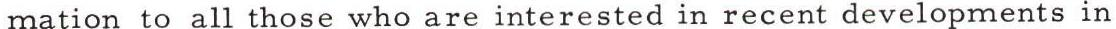
mation to all those who are interested in recent developments in